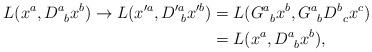
LaTeX: \begin{align*}L(x^a,D^a_{\;\;b}x^b) \rightarrow L(x'^a,D'^a_{\;\;b}x'^b) &= L(G^a_{\;\;b}x^b,G^a_{\;\;b}D^b_{\;\;c}x^c)\\&= L(x^a,D^a_{\;\;b}x^b),\end{align*}